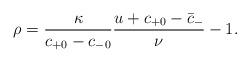
LaTeX: \begin{align*} \rho=\frac{\kappa}{c_{+0}-c_{-0}}\frac{u+c_{+0}-\bar{c}_-}{\nu}-1.\end{align*}